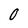
Character: 0